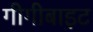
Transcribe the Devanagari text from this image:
गीगीबाइट